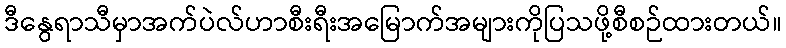
ဒီနွေရာသီမှာအက်ပဲလ်ဟာစီးရီးအမြောက်အများကိုပြသဖို့စီစဉ်ထားတယ်။